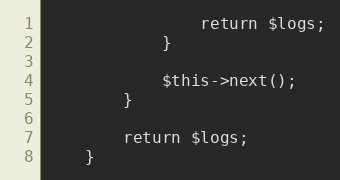
Language: PHP
                return $logs;
            }

            $this->next();
        }

        return $logs;
    }